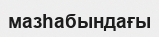
мазһабындағы